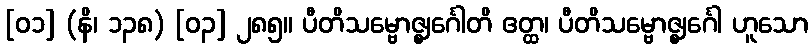
[၀၁] (နိ၊ ၁၃၈) [၀၃] ၂၈၅။ ပီတိသမ္ဗောဇ္ဈင်္ဂေါတိ ဧတ္ထ၊ ပီတိသမ္ဗောဇ္ဈင်္ဂေါ ဟူသော